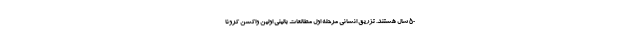
۵۰ سال هستند. تزریق انسانی مرحله اول مطالعات بالینی اولین واکسن کرونا